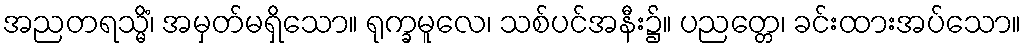
အညတရသ္မိံ၊ အမှတ်မရှိသော။ ရုက္ခမူလေ၊ သစ်ပင်အနီး၌။ ပညတ္တေ၊ ခင်းထားအပ်သော။